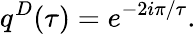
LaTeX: q^{D}(\tau)=e^{-2i\pi/\tau}.